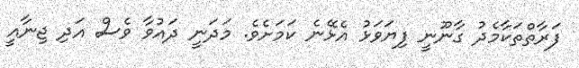
ފަރާތްތަކާމެދު ގާނޫނީ ފިޔަވަޅު އެޅޭނެ ކަމަށެވެ. މަދަނީ ދައުވާ ވެސް އަދި ޖިނާއީ